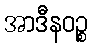
အာဒီနဝဉ္စ